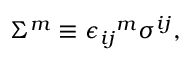
\Sigma ^ { m } \equiv { \epsilon _ { i j } } ^ { m } \sigma ^ { i j } ,